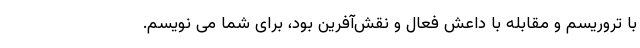
با تروریسم و مقابله با داعش فعال و نقش‌آفرین بود، برای شما می نویسم.